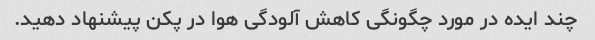
چند ایده در مورد چگونگی کاهش آلودگی هوا در پکن پیشنهاد دهید.